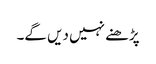
پڑھنے نہیں دیں گے۔